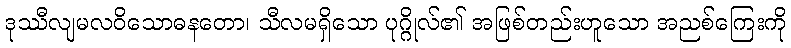
ဒုဿီလျမလဝိသောဓနတော၊ သီလမရှိသော ပုဂ္ဂိုလ်၏ အဖြစ်တည်းဟူသော အညစ်ကြေးကို